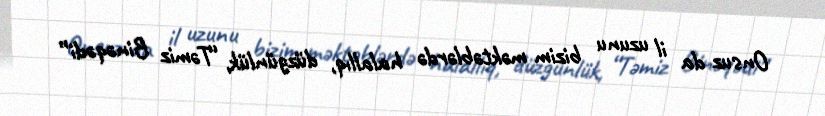
Onsuz da il uzunu bizim məktəblərdə halallıq, düzgünlük, “Təmiz Binəqədi”